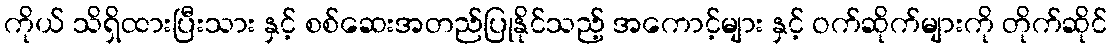
ကိုယ် သိရှိထားပြီးသား နှင့် စစ်ဆေးအတည်ပြုနိုင်သည့် အကောင့်များ နှင့် ဝက်ဆိုက်များကို တိုက်ဆိုင်